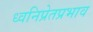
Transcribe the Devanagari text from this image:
ध्वनिप्रेतप्रभाव